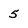
Character: 5